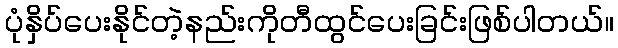
ပုံနှိပ်ပေးနိုင်တဲ့နည်းကိုတီထွင်ပေးခြင်းဖြစ်ပါတယ်။